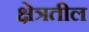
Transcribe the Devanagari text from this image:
क्षेत्रतील